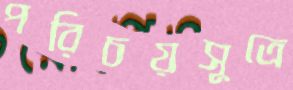
পরিচয়সূত্রে